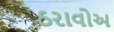
ઠરાવોઅ